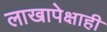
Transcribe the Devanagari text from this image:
लाखापेक्षाही